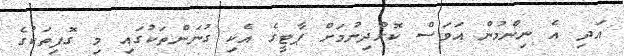
އަދި އެ ނިންމުން އަވަސް ކޮށްދިނުމަށް ޕާޓީގެ އެކި ގުނަންތަކުގައި މި ގޮފިތަކުގެ